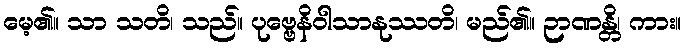
မေ့၏။ သာ သတိ၊ သည်။ ပုဗ္ဗေနိဝါသာနုဿတိ၊ မည်၏။ ဉာဏန္တိ၊ ကား။